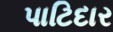
પાટિદાર